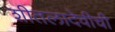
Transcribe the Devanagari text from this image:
शीतलादेवीची